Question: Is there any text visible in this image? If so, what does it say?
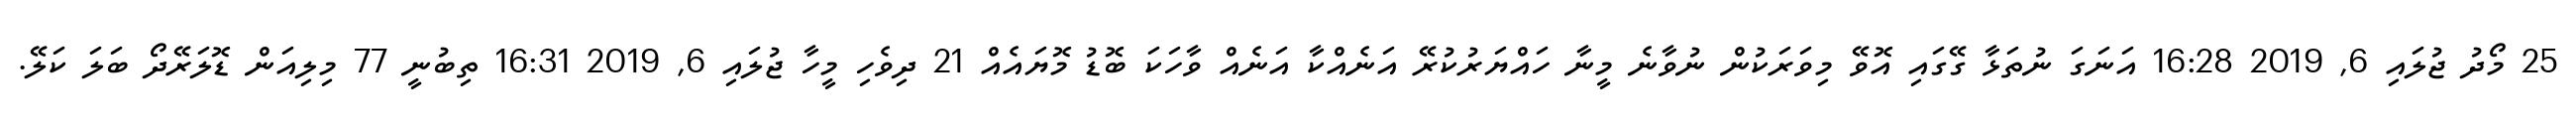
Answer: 25 މޯދު ޖުލައި 6, 2019 16:28 އަނަގަ ނުތަޅާ ގޭގައި އޮވޭ މިވަރަކުން ނުވާނެ މީނާ ހައްޔަރުކުރޭ އަނެއްކާ އަނެއް ވާހަކަ ބޮޑު މޮޔައެއް 21 ދިވެހި މީހާ ޖުލައި 6, 2019 16:31 ތިބުނީ 77 މިލިއަން ޑޮލަރޭދޯ ބަލަ ކަލޭ.